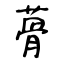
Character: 蓇